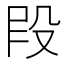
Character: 𫨻